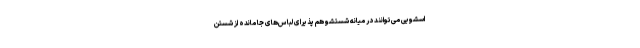
اسشویی می‌توانند در میانه شستشو هم پذیرای لباس‌های جا مانده از شستن